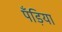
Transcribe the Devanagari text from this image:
पँड़िया